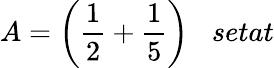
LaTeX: A={\bigg(}{\frac{1}{2}}+{\frac{1}{5}}{\bigg)}\; \; \; setat